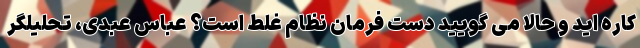
کاره اید و حالا می گویید دست فرمان نظام غلط است؟ عباس عبدی، تحلیلگر